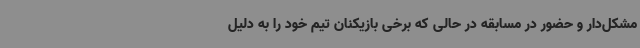
مشکل‌دار و حضور در مسابقه در حالی که برخی بازیکنان تیم خود را به دلیل